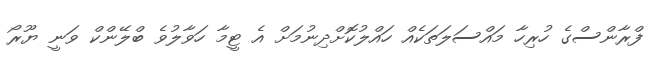
ފްރާންސްގެ ހުރިހާ މައްސަލަތަކެއް ހައްލުކޮށްދިނުމަށް އެ ޓީމާ ހަވާލުވެ ބްލޭންކް ވަނީ ޔޫރޯ